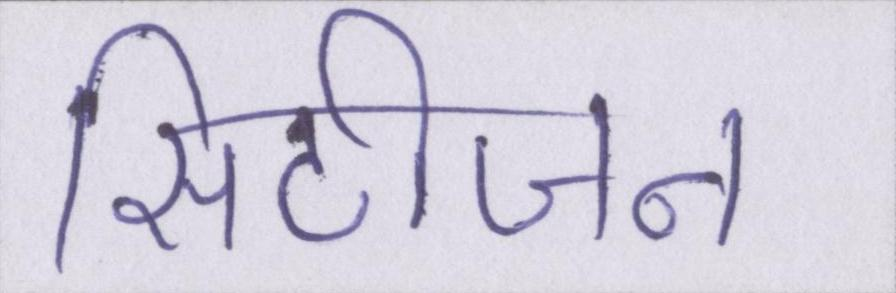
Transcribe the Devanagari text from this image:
सिटीजन